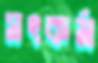
সৎকর্ম